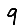
Digit: 9